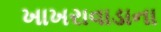
ખાખરાવાડાના